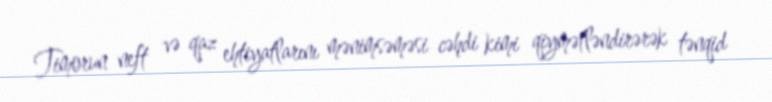
Timorun neft və qaz ehtiyatlarını mənimsəməsi cəhdi kimi qiymətləndirərək tənqid